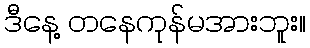
ဒီနေ့ တနေကုန်မအားဘူး။